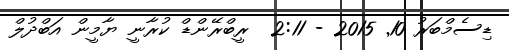
ޑިސެމްބަރު 10